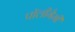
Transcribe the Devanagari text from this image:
पॉलीगैमी